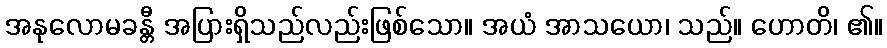
အနုလောမခန္တီ အပြားရှိသည်လည်းဖြစ်သော။ အယံ အာသယော၊ သည်။ ဟောတိ၊ ၏။